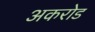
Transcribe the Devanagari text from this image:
अकरोड